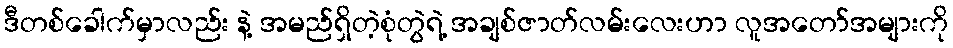
ဒီတစ်ခေါက်မှာလည်း နဲ့ အမည်ရှိတဲ့စုံတွဲရဲ့ အချစ်ဇာတ်လမ်းလေးဟာ လူအတော်အများကို